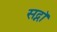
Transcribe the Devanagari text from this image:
सद्नॉ